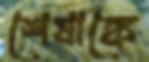
শেষাঙ্কে